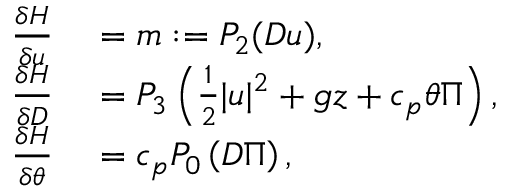
\begin{array} { r l } { \frac { \delta H } { \delta u } } & { { } = m : = P _ { 2 } ( D u ) , } \\ { \frac { \delta H } { \delta D } } & { { } = P _ { 3 } \left( \frac { 1 } { 2 } | u | ^ { 2 } + g z + c _ { p } \theta \Pi \right) , } \\ { \frac { \delta H } { \delta \theta } } & { { } = c _ { p } P _ { 0 } \left( D \Pi \right) , } \end{array}